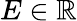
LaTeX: E\in\mathbb{R}